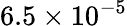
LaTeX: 6.5\times 10^{-5}